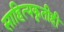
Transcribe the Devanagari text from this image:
साहित्यकृतीही